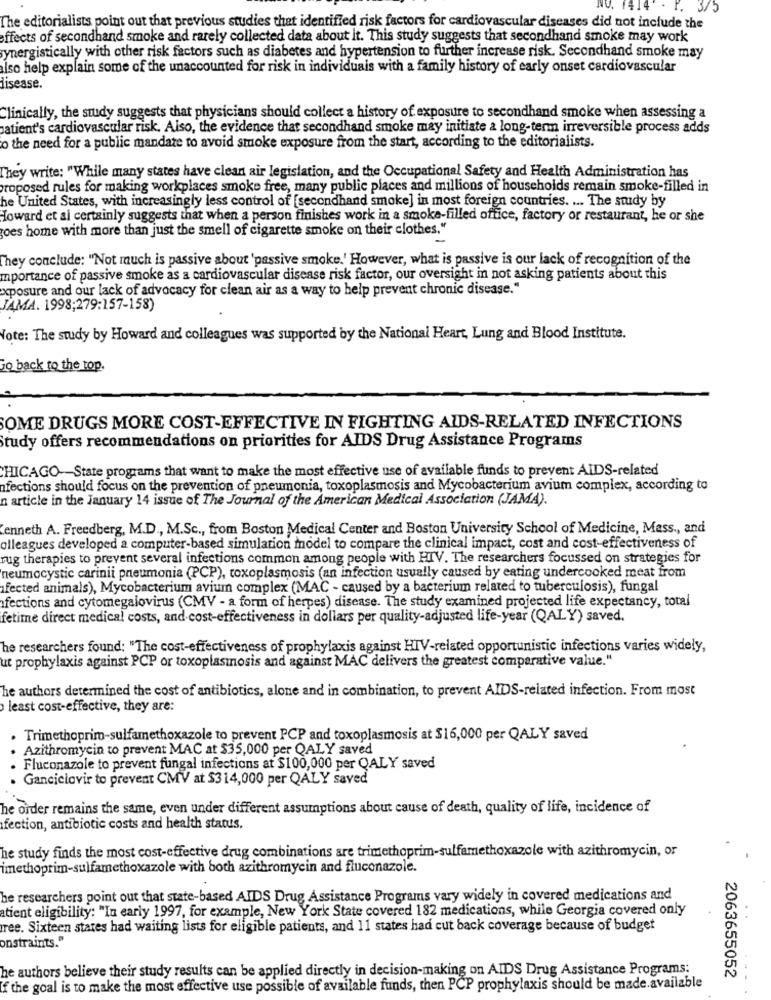
3/5
The editorialists point out that previous studies that identified risk factors for cardiovascular diseases did not include the
effects of secondhand smoke and rarely collected data about it. This study suggests that secondhand smoke may work
synergistically with other risk factors such as diabetes and hypertension to further increase risk. Secondhand smoke may
Iso help explain some of the unaccounted for risk in individuais with a family history of early onset cardiovascular
disease.
Clinically, the study suggests that physicians should collect a history of exposure to secondhand smoke when assessing a
patient's cardiovascular risk. Also, the evidence that secondhand smoke may initiate a long-term irreversible process adds
o the need for a public mandate to avoid smoke exposure from the start, according to the editorialists.
They write: "While many states have clean air legislation, and the Occupational Safety and Health Administration has
proposed rules for making workplaces smoke free, many public places and millions of households remain smoke-filled in
he United States, with increasingly less control of [secondhand smoke] in most foreign countries. ... The study by
Howard et al certainly suggests that when a person finishes work in a smoke-filled office, factory or restaurant, he or she
goes home with more than just the smell of cigarette smoke on their clothes."
They conclude: "Not much is passive about 'passive smoke.' However, what is passive is our lack of recognition of the
mportance of passive smoke as a cardiovascular disease risk factor, our oversight in not asking patients about this
exposure and our lack of advocacy for clean air as a way to help prevent chronic disease."
JAMA. 1998;279:157-158)
Note: The study by Howard and colleagues was supported by the National Heart, Lung and Blood Institute.
jo back to the top.
SOME DRUGS MORE COST-EFFECTIVE IN FIGHTING AIDS-RELATED INFECTIONS
Study offers recommendations on priorities for AIDS Drug Assistance Programs
CHICAGO-State programs that want to make the most effective use of available funds to prevent AIDS-related
nfections should focus on the prevention of pneumonia, toxoplasmosis and Mycobacterium avium complex, according to
n article in the January 14 issue of The Journal of the American Medical Association (JAMA).
Kenneth A. Freedberg, M.D ., M.Sc ., from Boston Medical Center and Boston University School of Medicine, Mass ., and
olleagues developed a computer-based simulation model to compare the clinical impact, cost and cost-effectiveness of
rug therapies to prevent several infections common among people with HIV. The researchers focussed on strategies for
neumocystic carinii pneumonia (PCP), toxoplasmosis (an infection usually caused by eating undercooked meat from
afected animals), Mycobacterium avium complex (MAC - caused by a bacterium related to tuberculosis), fungal
fections and cytomegalovirus (CMV - a form of herpes) disease. The study examined projected life expectancy, total
fetime direct medical costs, and cost-effectiveness in dollars per quality-adjusted life-year (QALY) saved.
he researchers found: "The cost-effectiveness of prophylaxis against HIV-related opportunistic infections varies widely,
ut prophylaxis against PCP or toxoplasmosis and against MAC delivers the greatest comparative value."
he authors determined the cost of antibiotics, alone and in combination, to prevent AIDS-related infection. From most
least cost-effective, they are:
. Trimethoprim-sulfamethoxazole to prevent PCP and toxoplasmosis at $16,000 per QALY saved
Azithromycin to prevent MAC at $35,000 per QALY saved
Fluconazole to prevent fungal infections at $100,000 per QALY saved
. Ganciclovir to prevent CMV at $314,000 per QALY saved
he order remains the same, even under different assumptions about cause of death, quality of life, incidence of
fection, antibiotic costs and health status.
he study finds the most cost-effective drug combinations are trimethoprim-sulfamethoxazole with azithromycin, or
imethoprim-sulfamethoxazole with both azithromycin and fluconazole.
he researchers point out that state-based AIDS Drug Assistance Programs vary widely in covered medications and
atient eligibility: "In early 1997, for example, New York State covered 182 medications, while Georgia covered only
ree. Sixteen states had waiting lists for eligible patients, and 11 states had cut back coverage because of budget
onstraints."
he authors believe their study results can be applied directly in decision-making on AIDS Drug Assistance Programs:
2063655052
If the goal is to make the most effective use possible of available funds, then PCP prophylaxis should be made.available